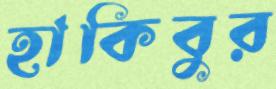
হাকিবুর